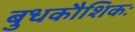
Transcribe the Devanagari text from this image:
बुधकौशिकः